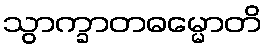
သွာက္ခာတဓမ္မောတိ